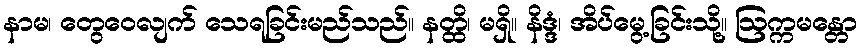
နာမ၊ တွေဝေလျက် သေရခြင်းမည်သည်။ နတ္ထိ၊ မရှိ။ နိဒ္ဒံ၊ အိပ်မွေ့ခြင်းသို့။ ဩက္ကမန္တော